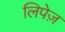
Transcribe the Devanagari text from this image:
लिपेज़